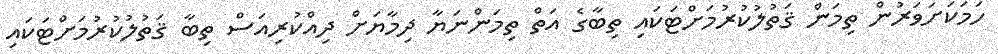
ހަމަކަށަވަރުން ތިމަން ޤަތުލުކުރުމަށްޓަކައި ތިބާގެ އަތް ތިމަންނަޔާ ދިމާޔަށް ދިއްކުރިއަސް ތިބާ ޤަތުލުކުރުމަށްޓަކައި